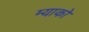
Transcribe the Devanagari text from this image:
म्याको